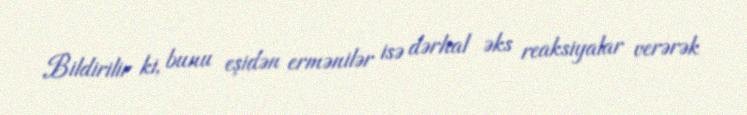
Bildirilir ki, bunu eşidən ermənilər isə dərhal əks reaksiyalar verərək